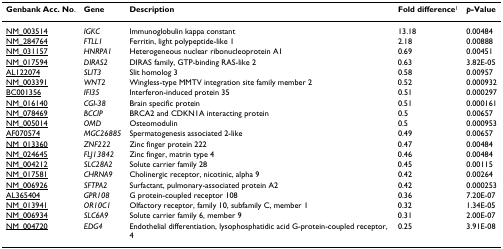
<table><thead><tr><td><b>Genbank Acc. No.</b></td><td><b>Gene</b></td><td><b>Description</b></td><td><b>Fold difference<sup>1</sup></b></td><td><b><i>p-</i>Value</b></td></tr></thead><tbody><tr><td>NM_003514</td><td><i>IGKC</i></td><td>Immunoglobulin kappa constant</td><td>13.18</td><td>0.00484</td></tr><tr><td>NM_284764</td><td><i>FTLL1</i></td><td>Ferritin, light polypeptide-like 1</td><td>2.18</td><td>0.00888</td></tr><tr><td>NM_031157</td><td><i>HNRPA1</i></td><td>Heterogeneous nuclear ribonucleoprotein A1</td><td>0.69</td><td>0.00451</td></tr><tr><td>NM_017594</td><td><i>DIRAS2</i></td><td>DIRAS family, GTP-binding RAS-like 2</td><td>0.63</td><td>3.82E-05</td></tr><tr><td>AL122074</td><td><i>SLIT3</i></td><td>Slit homolog 3</td><td>0.58</td><td>0.00957</td></tr><tr><td>NM_003391</td><td><i>WNT2</i></td><td>Wingless-type MMTV integration site family member 2</td><td>0.52</td><td>0.000932</td></tr><tr><td>BC001356</td><td><i>IFI35</i></td><td>Interferon-induced protein 35</td><td>0.51</td><td>0.000297</td></tr><tr><td>NM_016140</td><td><i>CGI-38</i></td><td>Brain specific protein</td><td>0.51</td><td>0.000161</td></tr><tr><td>NM_078469</td><td><i>BCCIP</i></td><td>BRCA2 and CDKN1A interacting protein</td><td>0.5</td><td>0.00657</td></tr><tr><td>NM_005014</td><td><i>OMD</i></td><td>Osteomodulin</td><td>0.5</td><td>0.000953</td></tr><tr><td>AF070574</td><td><i>MGC26885</i></td><td>Spermatogenesis associated 2-like</td><td>0.49</td><td>0.00657</td></tr><tr><td>NM_013360</td><td><i>ZNF222</i></td><td>Zinc finger protein 222</td><td>0.47</td><td>0.00484</td></tr><tr><td>NM_024645</td><td><i>FLJ13842</i></td><td>Zinc finger, matrin type 4</td><td>0.46</td><td>0.00484</td></tr><tr><td>NM_004212</td><td><i>SLC28A2</i></td><td>Solute carrier family 28</td><td>0.45</td><td>0.00115</td></tr><tr><td>NM_017581</td><td><i>CHRNA9</i></td><td>Cholinergic receptor, nicotinic, alpha 9</td><td>0.42</td><td>0.00264</td></tr><tr><td>NM_006926</td><td><i>SFTPA2</i></td><td>Surfactant, pulmonary-associated protein A2</td><td>0.42</td><td>0.000253</td></tr><tr><td>AL365404</td><td><i>GPR108</i></td><td>G protein-coupled receptor 108</td><td>0.36</td><td>7.20E-07</td></tr><tr><td>NM_013941</td><td><i>OR10C1</i></td><td>Olfactory receptor, family 10, subfamily C, member 1</td><td>0.32</td><td>1.34E-05</td></tr><tr><td>NM_006934</td><td><i>SLC6A9</i></td><td>Solute carrier family 6, member 9</td><td>0.31</td><td>2.00E-07</td></tr><tr><td>NM_004720</td><td><i>EDG4</i></td><td>Endothelial differentiation, lysophosphatidic acid G-protein-coupled receptor, 4</td><td>0.25</td><td>3.91E-08</td></tr></tbody></table>